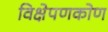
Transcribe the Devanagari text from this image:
विक्षेपणकोण